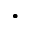
\cdot